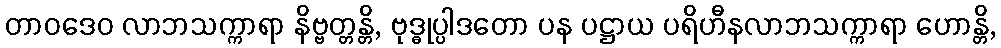
တာဝဒေဝ လာဘသက္ကာရာ နိဗ္ဗတ္တန္တိ, ဗုဒ္ဓုပ္ပါဒတော ပန ပဋ္ဌာယ ပရိဟီနလာဘသက္ကာရာ ဟောန္တိ,